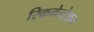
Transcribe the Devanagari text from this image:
रिकमेन्डेशन